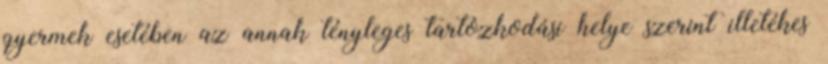
gyermek esetében az annak tényleges tartózkodási helye szerint illetékes